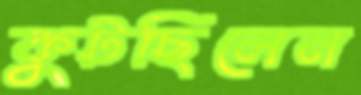
কুটছিলেন